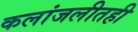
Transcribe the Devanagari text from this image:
कलांजलीतही